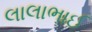
લાલાભાઈ